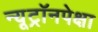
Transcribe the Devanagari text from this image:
न्यूट्रॉनपेक्षा